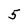
Character: 5